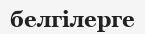
белгілерге